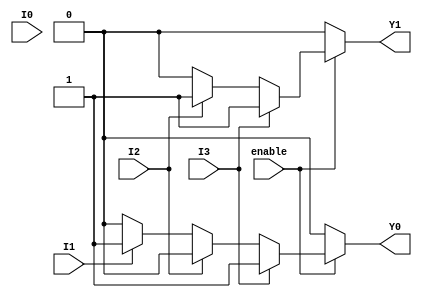
module encoder_4to2 (
    input wire I0,      // Input 0
    input wire I1,      // Input 1
    input wire I2,      // Input 2
    input wire I3,      // Input 3
    input wire enable,   // Enable signal
    output reg Y1,      // Output 1
    output reg Y0       // Output 0
);

// Combinational logic for the 4-to-2 encoder
always @(*) begin
    // Default outputs when enable is low
    if (!enable) begin
        Y1 = 1'b0;
        Y0 = 1'b0;
    end else begin
        // Priority encoding
        if (I3) begin
            Y1 = 1'b1; // I3 active
            Y0 = 1'b1;
        end else if (I2) begin
            Y1 = 1'b1; // I2 active
            Y0 = 1'b0;
        end else if (I1) begin
            Y1 = 1'b0; // I1 active
            Y0 = 1'b1;
        end else if (I0) begin
            Y1 = 1'b0; // I0 active
            Y0 = 1'b0;
        end else begin
            Y1 = 1'b0; // No active input
            Y0 = 1'b0;
        end
    end
end

endmodule